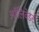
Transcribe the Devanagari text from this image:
ऑलिवेंडर्स